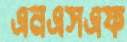
এনএসএফ